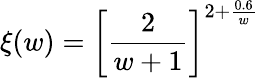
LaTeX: \xi(w)=\left[\frac{2}{w+1}\right]^{2+\frac{0.6}{w}}